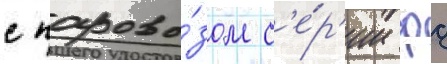
с парово́зом с'е́р'ии фд